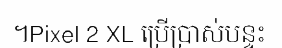
។Pixel 2 XL ប្រើប្រាស់បន្ទះ